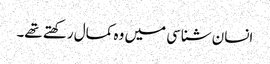
انسان شناسی میں وہ کمال رکھتے تھے۔